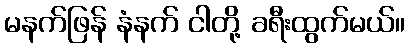
မနက်ဖြန် နံနက် ငါတို့ ခရီးထွက်မယ်။